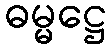
ဓမ္မဋ္ဌေ